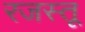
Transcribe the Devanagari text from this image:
रजस्तू